Vaccination in the Punjab 1867-1880 - 1867-1880
Year: 1867
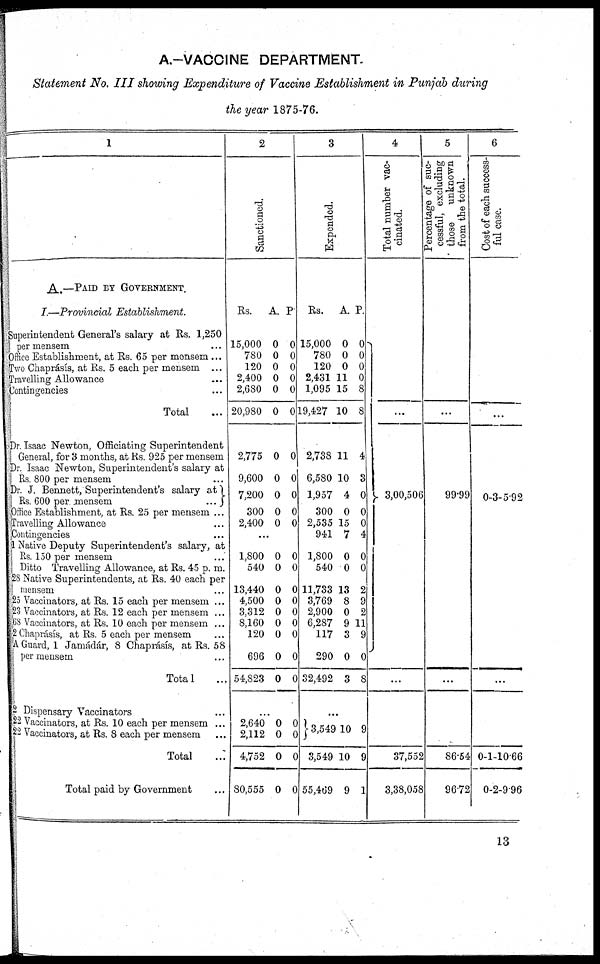
A.-VACCINE DEPARTMENT.
Statement No. III showing Expenditure of Vaccine Establishment in Punjab during
the year 1875-76.
1
A.—PAID BY GOVERNMENT.
I.—Provincial Establishment.
Superintendent General's salary at Rs. 1,250
per mensem ...
Office Establishment, at Rs. 65 per mensem ...
Two Chaprásís, at Rs. 5 each per mensem ...
Travelling Allowance ...
Contingencies ...
Total ....
Dr. Isaac Newton, Officiating Superintendent
General, for 3 months, at Rs. 925 per mensem ...
Dr. Isaac Newton, Superintendent's salary at
Rs. 800 per mensem ...
Dr. J. Bennett, Superintendent's salary at
Rs. 600 per mensem
...
Office Establishment, at Rs. 25 per mensem ...
Travelling Allowance ...
Contingencies ...
1 Native Deputy Superintendent's salary, at
Rs. 150 per mensem ...
Ditto Travelling Allowance, at Rs. 45 p. m. ...
28 Native Superintendents, at Rs. 40 each per
mensem ...
25 Vaccinators, at Rs. 15 each per mensem ...
23 Vaccinators, at Rs. 12 each per mensem ...
68 Vaccinators, at Rs. 10 each per mensem ...
2Chaprásís, at Rs. 5 each per mensem ...
A Guard, 1 Jamádár, 8 Chaprásís, at Rs. 58
per mensem ...
Total ...
2 Dispensary Vaccinators ...
22 Vaccinators, at Rs. 10 each per mensem ...
22 Vaccinators, at Rs. 8 each per mensem ...
Total ...
Total paid by Government ...
2
Sanctioned.
Rs.
15,000
780
120
2,400
2,680
20,980
2,775
9,600
7,200
300
2,400
A.
0
0
0
0
0
0
0
0
0
0
0
P.
0
0
0
0
0
0
0
0
0
0
0
...
1,800
540
13,440
4,500
3,312
8,160
120
696
54,823
0
0
0
0
0
0
0
0
0
0
0
0
0
0
0
0
0
0
2,640
2,112
4,752
80,555
0
0
0
0
0
0
0
0
3
Expended.
Rs.
15,000
780
120
2,431
1,095
19,427
2,738
6,580
1,957
300
2,535
941
1,800
540
11,733
3,769
2,900
6,287
117
290
32,492
A.
0
0
0
11
15
10
1
10
4
0
15
7
0
0
13
8
0
9
3
0
3
P.
0
0
0
0
8
8
4
3
0
0
0
4
0
0
2
9
2
11
9
0
8
3,549
3,549
55,469
10
10
9
9
9
1
4
Total number vac¬
cinated.
3,00,506
...
37,552
3,38,058
5
Percentage of suc¬
cessful, excluding
those
unknown
from the total.
...
99.99
...
86.64
96.72
6
Cost of each success¬
ful case.
...
0 3 5.92
...
0
0
1
2
10.66
9.96
13